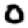
Digit: 0